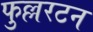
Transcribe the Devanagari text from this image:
फुल्लरटन